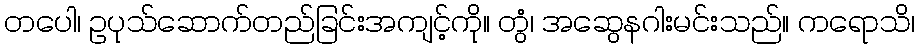
တပေါ၊ ဥပုသ်ဆောက်တည်ခြင်းအကျင့်ကို။ တွံ၊ အဆွေနဂါးမင်းသည်။ ကရောသိ၊